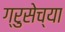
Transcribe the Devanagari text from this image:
ग्रुसेच्या